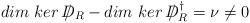
LaTeX: \begin{align*}dim\ ker\ /\!\!\!\!D_{R} - dim\ ker\ /\!\!\!\!D^{\dagger}_{R} =\nu \neq 0\end{align*}